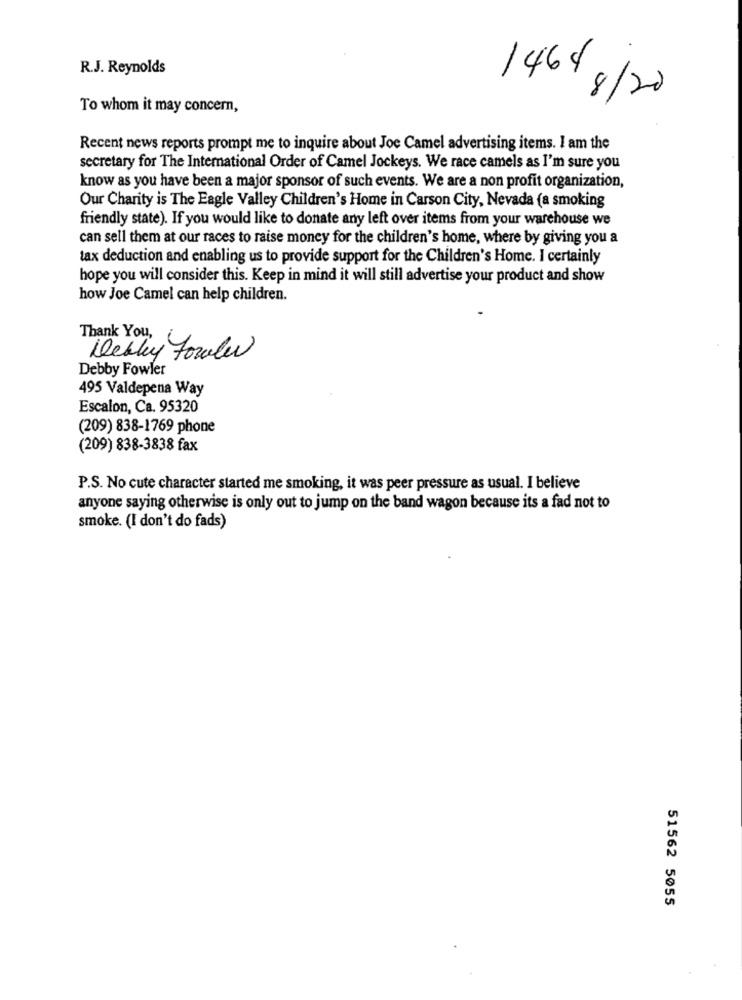
R.J. Reynolds
1464 8/20
To whom it may concern,
Recent news reports prompt me to inquire about Joe Camel advertising items. I am the
secretary for The International Order of Camel Jockeys. We race camels as I'm sure you
know as you have been a major sponsor of such events. We are a non profit organization,
Our Charity is The Eagle Valley Children's Home in Carson City, Nevada (a smoking
friendly state). If you would like to donate any left over items from your warehouse we
can sell them at our races to raise money for the children's home, where by giving you a
tax deduction and enabling us to provide support for the Children's Home. I certainly
hope you will consider this. Keep in mind it will still advertise your product and show
how Joe Camel can help children.
Thank You,
Debly Fowler
Debby Fowler
495 Valdepena Way
Escalon, Ca. 95320
(209) 838-1769 phone
(209) 838-3838 fax
P.S. No cute character started me smoking, it was peer pressure as usual. I believe
anyone saying otherwise is only out to jump on the band wagon because its a fad not to
smoke. (I don't do fads)
51562 5055